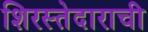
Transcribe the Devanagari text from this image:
शिरस्तेदाराची